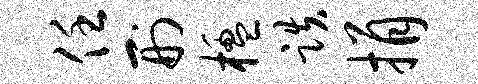
任刑楹跌捐